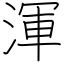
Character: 渾